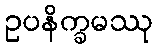
ဥပနိက္ခမဿု